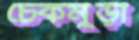
চেকমুড়ী